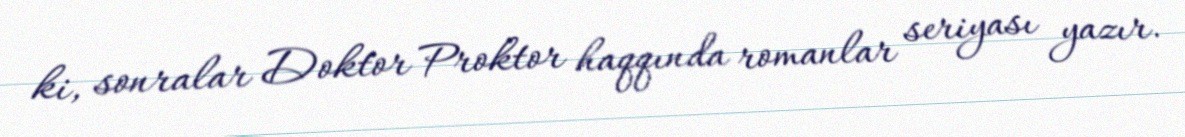
ki, sonralar Doktor Proktor haqqında romanlar seriyası yazır.